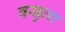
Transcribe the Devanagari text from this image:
बसुला